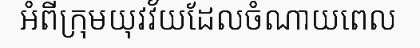
អំពីក្រុមយុវវ័យដែលចំណាយពេល